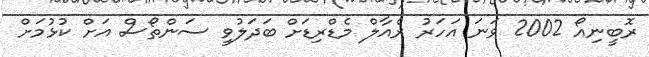
ރޮބީނިއޯ 2002 ވަނަ އަހަރު ރެއާލް މެޑްރިޑަށް ބަދަލުވީ ސަންތޯސް އަށް ކުޅުމަށް